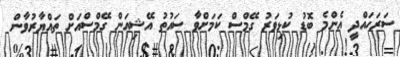
ސަރަހައްދީ އެންމެ ބޮޑު ކުޅިވަރު ގޭމްސް ކަމަށްވާ ސައުތު އޭޝިއަން ގޭމްސްއަށް ތައްޔާރުވާން